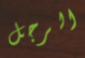
الرجل